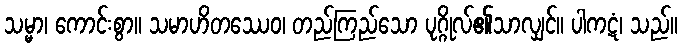
သမ္မာ၊ ကောင်းစွာ။ သမာဟိတဿေဝ၊ တည်ကြည်သော ပုဂ္ဂိုလ်၏သာလျှင်။ ပါကဋံ၊ သည်။